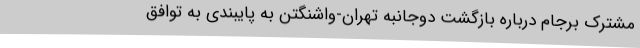
مشترک برجام درباره بازگشت دوجانبه تهران-واشنگتن به پایبندی به توافق